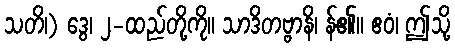
သတိ၊) ဒွေ၊ ၂-ထည်တို့ကို။ သာဒိတဗ္ဗာနိ၊ န်၏။ ဧဝံ၊ ဤသို့